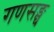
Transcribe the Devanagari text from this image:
गणसङ्घ